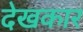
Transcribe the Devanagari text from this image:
देखकार